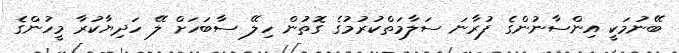
ބޭނުމަކީ އިންސާނުންގެ ފުރާނަ ސަލާމަތްކުރުމުގެ ގޮތުން ހިލޭ ސާބަހަށް ލޭ ހަދިޔާކުރާ މީހުންގެ